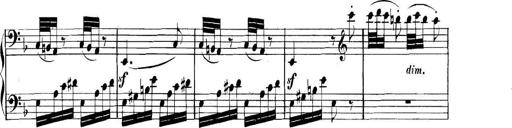
Title: Collected Piano Sonatas
Composer: Muzio Clementi